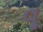
વૂ